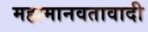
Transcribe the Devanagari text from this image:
महामानवतावादी